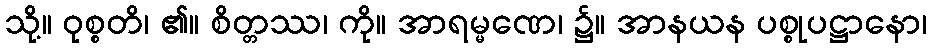
သို့။ ဝုစ္စတိ၊ ၏။ စိတ္တဿ၊ ကို။ အာရမ္မဏေ၊ ၌။ အာနယန ပစ္စုပဋ္ဌာနော၊